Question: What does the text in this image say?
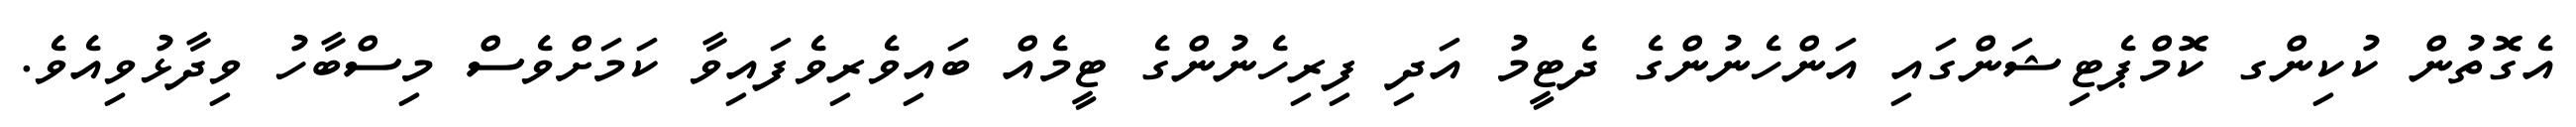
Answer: އެގޮތުން ކުކިންގ ކޮމްޕެޓިޝަންގައި އަންހެނުންގެ ދެޓީމު އަދި ފިރިހެނުންގެ ޓީމެއް ބައިވެރިވެފައިވާ ކަމަށްވެސް މިސްބާހު ވިދާޅުވިއެވެ.